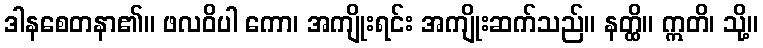
ဒါနစေတနာ၏။ ဖလဝိပါ ကော၊ အကျိုးရင်း အကျိုးဆက်သည်။ နတ္ထိ။ ဣတိ၊ သို့။